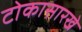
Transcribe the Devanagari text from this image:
टोकासारखे